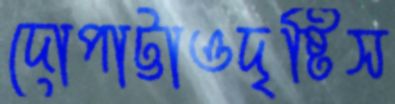
দোপাট্টাওদৃষ্টিস